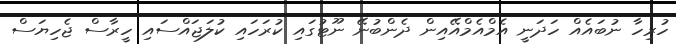
ހުރިހާ ނުބައެއް ހަދަނީ އެމްއެމްއޭއިން ދެންބުނޭ ނޫޓުގައި ކުރަހައި ކުލަޖައްސައި ހީރާސް ޖެހިޔަސް